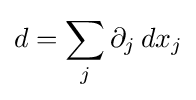
d=\sum _{j}\partial _{j}\,dx_{j}